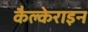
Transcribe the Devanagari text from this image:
कैल्‍केराइन